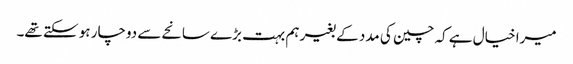
میرا خیال ہے کہ چین کی مدد کے بغیر ہم بہت بڑے سانحے سے دوچار ہو سکتے تھے۔